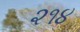
૨૧૪